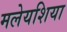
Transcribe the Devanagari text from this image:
मलेयशिया